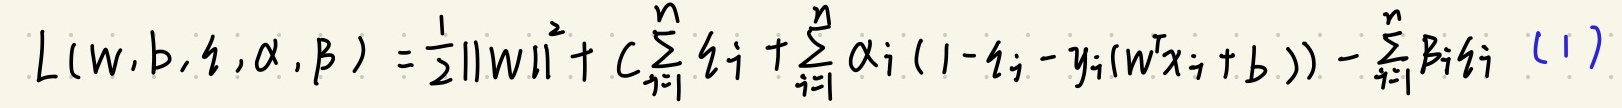
\[ L(w,b,\xi,\alpha,\beta) = \frac{1}{2} \| w \|^2 + C \sum_{i=1}^{n} \xi_i + \sum_{i=1}^{n} \alpha_i (1 - \xi_i - y_i (w^T x_i + b)) - \sum_{i=1}^{n} \beta_i \xi_i \quad (1) \]